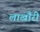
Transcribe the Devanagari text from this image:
लाखौरी